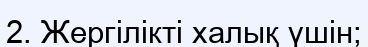
2. Жергілікті халық үшін;